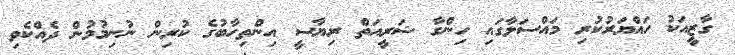
ގާޒީއަކު ހައްޔަރުކުރި މައްސަލާގައި ހިންގާ ޝަރީއަތް ރިޔާސީ އިންތިހާބުގެ ކުރިން ނުނިމުމުން ދެއްކެވި